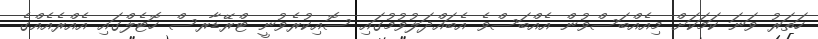
ހަތަރު ވަނަ ކަމަކަށް މިއެއްބަސްވުން އެއްބަސްވެ އެބައްދަލުވުމުގައި ސޮއިކުރެވުނީ ޓްރޭޑާރސް ހޮޓެލްގައި އެއްރެއެއްގެ